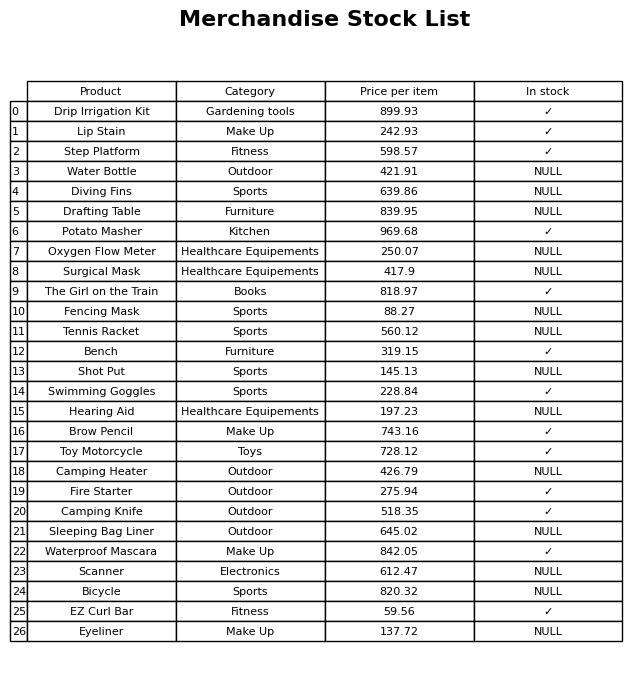
question: What is the price for Camping Knife?
answer: The price of Camping Knife is 518.35.